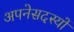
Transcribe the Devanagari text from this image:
अपनेसदस्यों